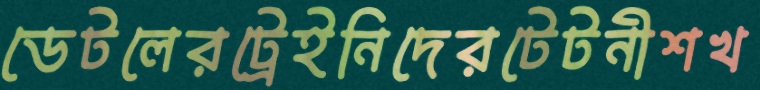
ডেটলেরট্রেইনিদেরটেটনীশখ